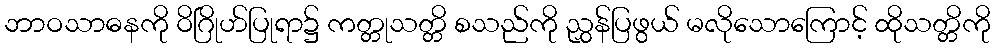
ဘာဝသာဓနကို ဝိဂြိုဟ်ပြုရာ၌ ကတ္တုသတ္တိ စသည်ကို ညွှန်ပြဖွယ် မလိုသောကြောင့် ထိုသတ္တိကို